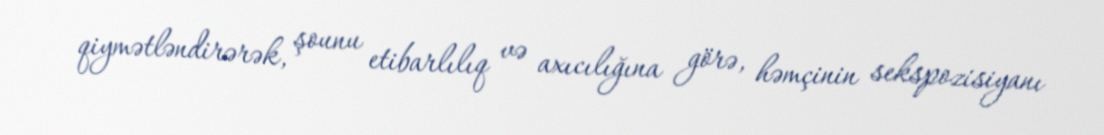
qiymətləndirərək, şounu etibarlılıq və axıcılığına görə, həmçinin sekspozisiyanı